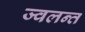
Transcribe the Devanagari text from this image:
ज्‍वलन्‍त